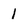
Character: 1